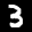
Label: 3